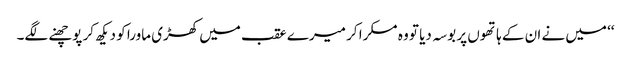
‘‘ میں نے ان کے ہاتھوں پر بوسہ دیا تو وہ مسکرا کر میرے عقب میں کھڑی ماورا کو دیکھ کر پوچھنے لگے۔